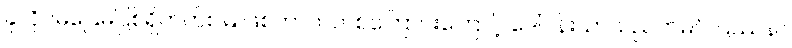
ခုလိုပဲမပြေမပြစ်ရှိတတ်စမြဲ ဖြစ်တာကတစ်ကြောင်းကြောင့် ဒေါ်ပန်းသာသည်တမင် ပြဿနာ